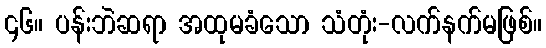
၄၆။ ပန်းဘဲဆရာ အထုမခံသော သံတုံး-လက်နက်မဖြစ်။